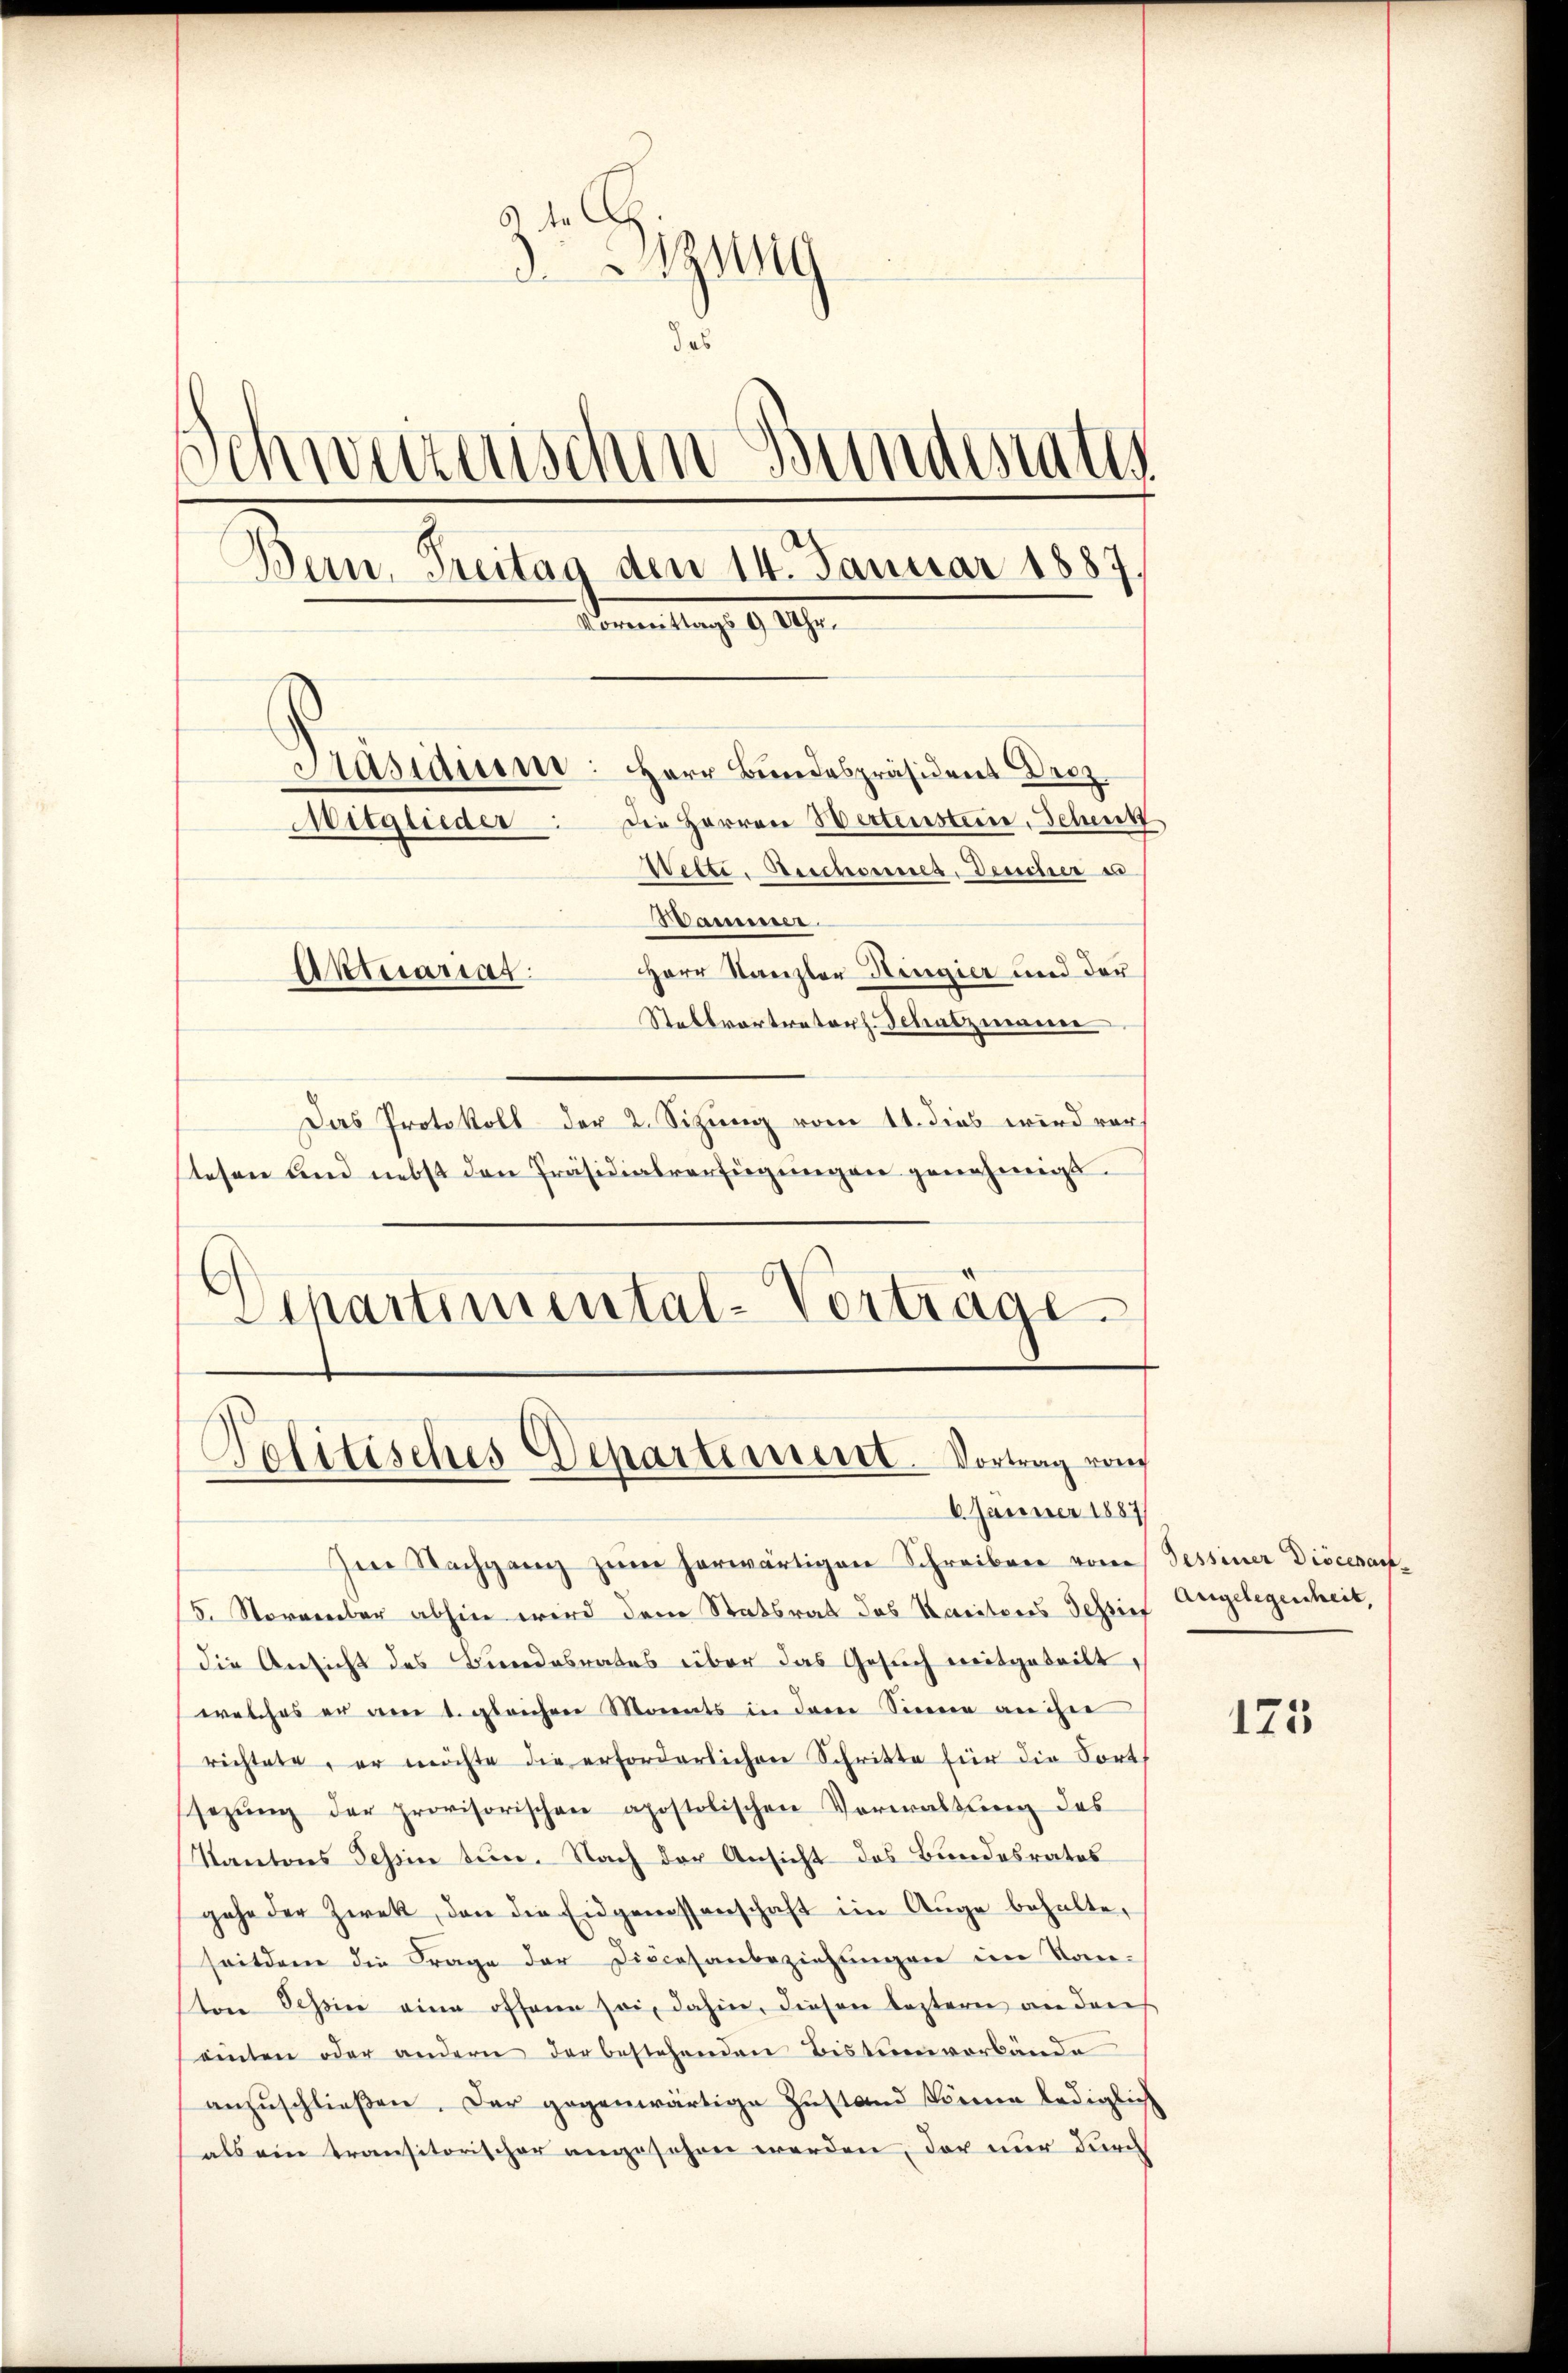
da
3Zigung
Jas
Schweizerischen Bundesrater
Bern, Treitag den 14. Januar 1887.
Vormittags 9 Uhr.
Aastdieser: Herr Bundespräsident Droz
Die Herren Wertensteine, Scheut
Mitglieder:
Welti. Auchannes, Deucher e
Hammer.
Herr Kanzler Ringier und der
Aktuariat
Stellvortrator Deliaszimmer

Das Protokoll der 2. Sitzung vom 11. dies wird vortesen und nebst den Präsidialverfügungen genehmigt.
.
Separtimental-Vortrage.

Politisches Departement. Vortrag vom
6. Jänner 1887

Im Nachgang zum herwärtigen Schreiben von Tessiner Diöcesan¬
5. November abhin wird dem Statsrat des Streiteres Tessin Angelegenheit,
die Ansicht des Bundesrates über das Gesuch mitgeteilt,
(welches er am 1. gleichen Monats in dem Sinne an ihre
richtete, er möchte die erforderlichen Schritte für die Fort
sezung der provisorischen apostolischen Verwaltung des
Kantons Tessin tun. Nach der Ansicht des Bundesrates
gehe der Zwek, den die Eidgenossenschaft im Auge behalte,
seitdem die Frage der Diöcesanbeziehungen im Kon-
ton Schine eine offene sei, dahin, diesen leztern an daris
einten oder andern der bestehenden Bistumverbände
anzuschließen. Der gegenwärtige Zustand könne lediglich
als ein transitorischer angesehen werden, der nur durch

125